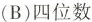
(B)四位数